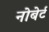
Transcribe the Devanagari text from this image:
नोबेर्ट